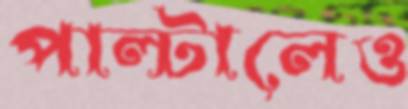
পাল্টালেও